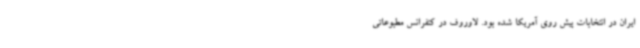
ایران در انتخابات پیش روی آمریکا شده بود. لاوروف در کنفرانس مطبوعاتی